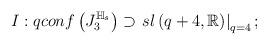
LaTeX: \begin{align*}I:qconf\left( J_{3}^{\mathbb{H}_{s}}\right) \supset \left. sl\left( q+4,\mathbb{R}\right) \right\vert _{q=4}; \end{align*}